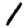
Digit: 1